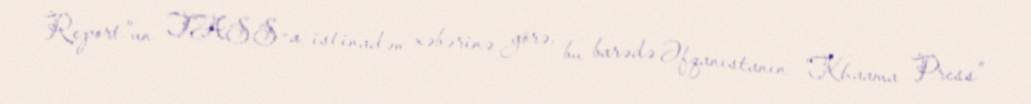
Report"un TASS-a istinadən xəbərinə görə, bu barədə Əfqanıstanın "Khaama Press"